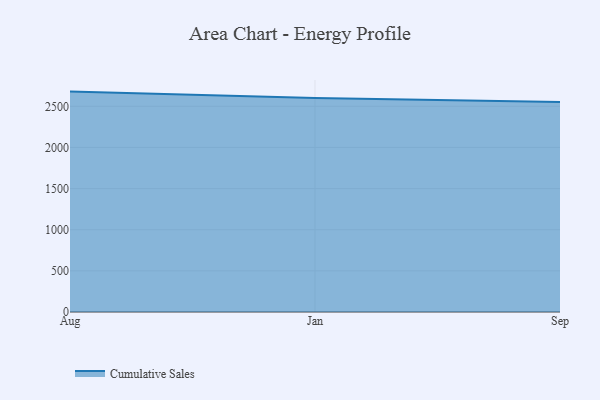
{"axis": {"x": "Month", "y": "Latency (ms)"}, "legend": ["Cumulative Sales"], "data": [{"x": "Aug", "y": 2678.6, "type": "Cumulative Sales"}, {"x": "Jan", "y": 2599.5, "type": "Cumulative Sales"}, {"x": "Sep", "y": 2551.3, "type": "Cumulative Sales"}]}